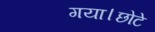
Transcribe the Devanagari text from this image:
गया।छोटे